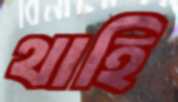
থাহি